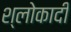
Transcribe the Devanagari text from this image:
श्लोकादी